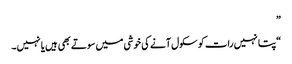
”
“پتا نہیں رات کو سکول آنے کی خوشی میں سوتے بھی ہیں یا نہیں۔